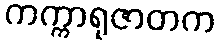
ကက္ကာရုဇာတက